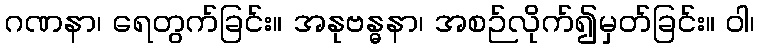
ဂဏနာ၊ ရေတွက်ခြင်း။ အနုဗန္ဓနာ၊ အစဉ်လိုက်၍မှတ်ခြင်း။ ဝါ၊